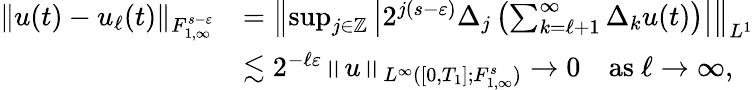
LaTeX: \begin{array}{rl}{\| u(t)-u_{\ell}(t)\| _{{F}_{1,\infty}^{s-\varepsilon}}}&{=\left\| \operatorname*{sup}_{j\in\mathbb{Z}}\left|2^{j(s-\varepsilon)}\Delta_{j}\left(\sum_{k=\ell+1}^{\infty}\Delta_{k}u(t)\right)\right|\right\| _{{L}^{1}}}\\ &{\lesssim 2^{-\ell\varepsilon}\left\| u\right\| _{L^{\infty}([0,T_{1}];F_{1,\infty}^{s})}\to 0\quad\mathrm{as~}\ell\to\infty,}\end{array}